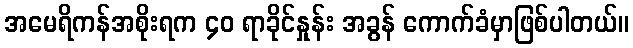
အမေရိကန်အစိုးရက ၄၀ ရာခိုင်နှုန်း အခွန် ကောက်ခံမှာဖြစ်ပါတယ်။